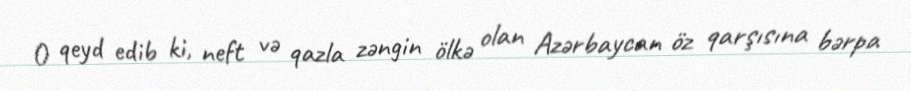
O qeyd edib ki, neft və qazla zəngin ölkə olan Azərbaycan öz qarşısına bərpa